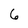
Character: 6